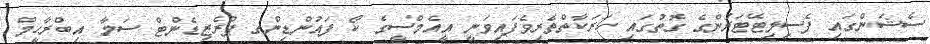
ސެޝަންގައި ފެސިލިޓޭޓަރުންގެ ގޮތުގައި ހަރަކާތްތެރިވެފައިވަނީ އީއެމްސީގެ ކޯ ފައުންޑިންގ ޕްރެޒިޑެންޓް ސަމާ އިބްރާހީމް